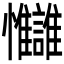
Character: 𢦄